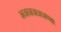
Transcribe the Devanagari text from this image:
अअअअअअच्छा